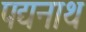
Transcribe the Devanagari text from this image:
पद्यनाथ